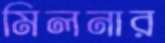
মিলনার